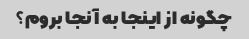
چگونه از اینجا به آنجا بروم؟